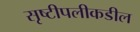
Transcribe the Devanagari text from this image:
सृष्टीपलीकडील